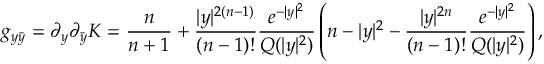
g _ { y \bar { y } } = \partial _ { y } \partial _ { \bar { y } } K = \frac n { n + 1 } + { \frac { | y | ^ { 2 ( n - 1 ) } } { ( n - 1 ) ! } } { \frac { e ^ { - | y | ^ { 2 } } } { Q ( | y | ^ { 2 } ) } } \left( n - | y | ^ { 2 } - { \frac { | y | ^ { 2 n } } { ( n - 1 ) ! } } { \frac { e ^ { - | y | ^ { 2 } } } { Q ( | y | ^ { 2 } ) } } \right) ,